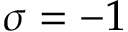
\sigma = - 1